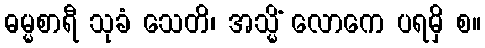
ဓမ္မစာရီ သုခံ သေတိ၊ အသ္မိံ လောကေ ပရမှိ စ။